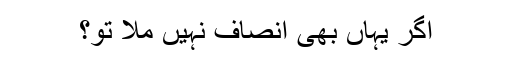
اگر یہاں بھی انصاف نہیں ملا تو؟